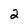
Character: 2